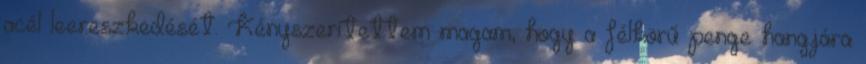
acél leereszkedését. Kényszerítettem magam, hogy a félkörű penge hangjára